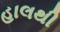
હાલથી